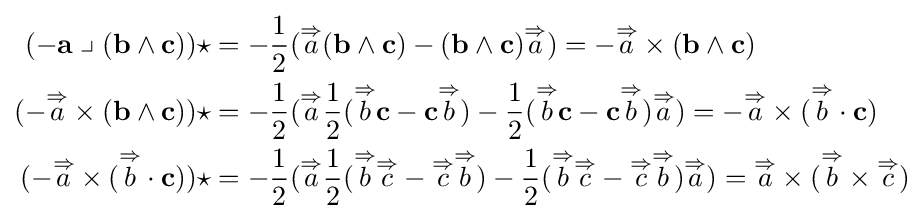
{\begin{aligned}(-\mathbf {a} \;{\big \lrcorner }\;(\mathbf {b} \wedge \mathbf {c} ))\star &=-{\frac {1}{2}}({\overset {\Rightarrow }{a}}(\mathbf {b} \wedge \mathbf {c} )-(\mathbf {b} \wedge \mathbf {c} ){\overset {\Rightarrow }{a}})=-{\overset {\Rightarrow }{a}}\times (\mathbf {b} \wedge \mathbf {c} )\\(-{\overset {\Rightarrow }{a}}\times (\mathbf {b} \wedge \mathbf {c} ))\star &=-{\frac {1}{2}}({\overset {\Rightarrow }{a}}{\frac {1}{2}}({\overset {\Rightarrow }{b}}\mathbf {c} -\mathbf {c} {\overset {\Rightarrow }{b}})-{\frac {1}{2}}({\overset {\Rightarrow }{b}}\mathbf {c} -\mathbf {c} {\overset {\Rightarrow }{b}}){\overset {\Rightarrow }{a}})=-{\overset {\Rightarrow }{a}}\times ({\overset {\Rightarrow }{b}}\cdot \mathbf {c} )\\(-{\overset {\Rightarrow }{a}}\times ({\overset {\Rightarrow }{b}}\cdot \mathbf {c} ))\star &=-{\frac {1}{2}}({\overset {\Rightarrow }{a}}{\frac {1}{2}}({\overset {\Rightarrow }{b}}{\overset {\Rightarrow }{c}}-{\overset {\Rightarrow }{c}}{\overset {\Rightarrow }{b}})-{\frac {1}{2}}({\overset {\Rightarrow }{b}}{\overset {\Rightarrow }{c}}-{\overset {\Rightarrow }{c}}{\overset {\Rightarrow }{b}}){\overset {\Rightarrow }{a}})={\overset {\Rightarrow }{a}}\times ({\overset {\Rightarrow }{b}}\times {\overset {\Rightarrow }{c}})\end{aligned}}